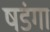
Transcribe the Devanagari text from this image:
षडंगा